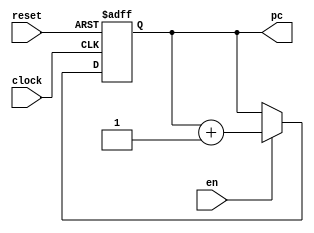
module pc (clock,reset,en,pc);
input clock, reset, en;
output reg [4:0] pc;

wire [4:0] pc_next;                       //

//always
always@ (posedge clock or posedge reset)
begin
  if(reset)                              //pc0
      pc <= 0;
  else
      if(en)                             //pcpc
            pc <= pc_next;
      else
            pc <= pc;                    //pc
end

//assign
assign pc_next = pc + 1;                 //1
endmodule